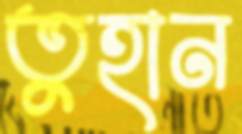
তুহান